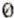
0